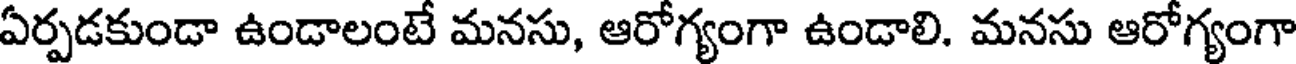
ఏర్పడకుండా ఉండాలంటే మనసు, ఆరోగ్యంగా ఉండాలి. మనసు ఆరోగ్యంగా